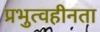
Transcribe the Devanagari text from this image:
प्रभुत्वहीनता